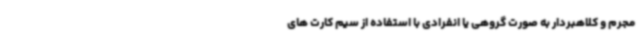
مجرم و کلاهبردار به صورت گروهی یا انفرادی با استفاده از سیم کارت های